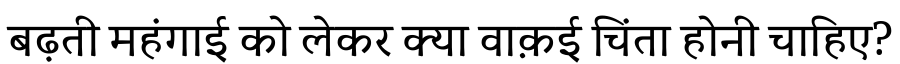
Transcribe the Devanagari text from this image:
बढ़ती महंगाई को लेकर क्या वाक़ई चिंता होनी चाहिए?